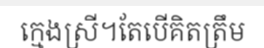
ក្មេងស្រី។តែបើគិតត្រឹម